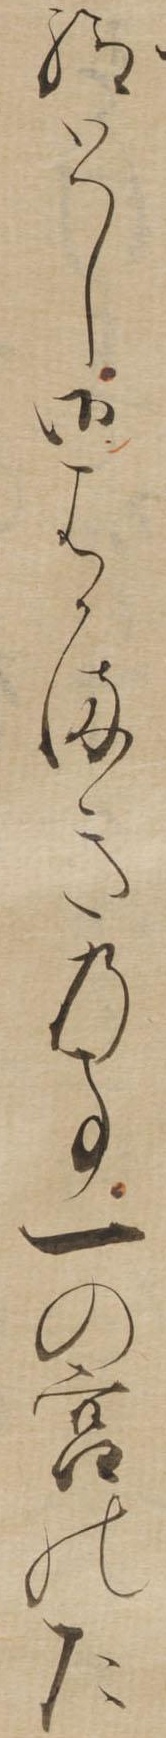
給とし御はかまきの事一の宮た